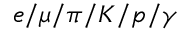
e / \mu / \pi / K / p / \gamma